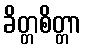
ခိတ္တစိတ္တာ